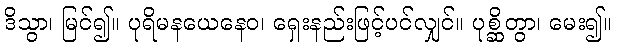
ဒိသွာ၊ မြင်၍။ ပုရိမနယေနေဝ၊ ရှေးနည်းဖြင့်ပင်လျှင်။ ပုစ္ဆိတွာ၊ မေး၍။